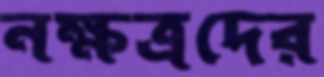
নক্ষত্রদের